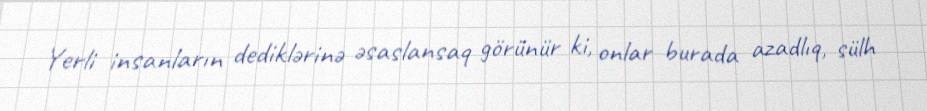
Yerli insanların dediklərinə əsaslansaq görünür ki, onlar burada azadlıq, sülh